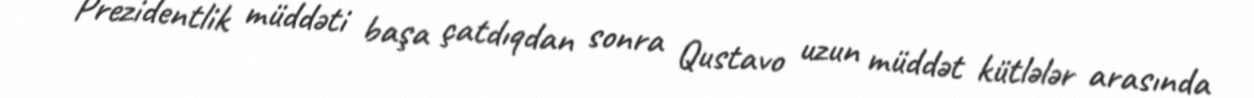
Prezidentlik müddəti başa çatdıqdan sonra Qustavo uzun müddət kütlələr arasında